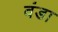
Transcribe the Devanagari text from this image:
वंडा